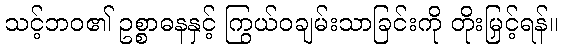
သင့်ဘဝ၏ ဥစ္စာဓနနှင့် ကြွယ်ဝချမ်းသာခြင်းကို တိုးမြှင့်ရန်။